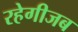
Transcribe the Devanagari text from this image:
रहेगीजब